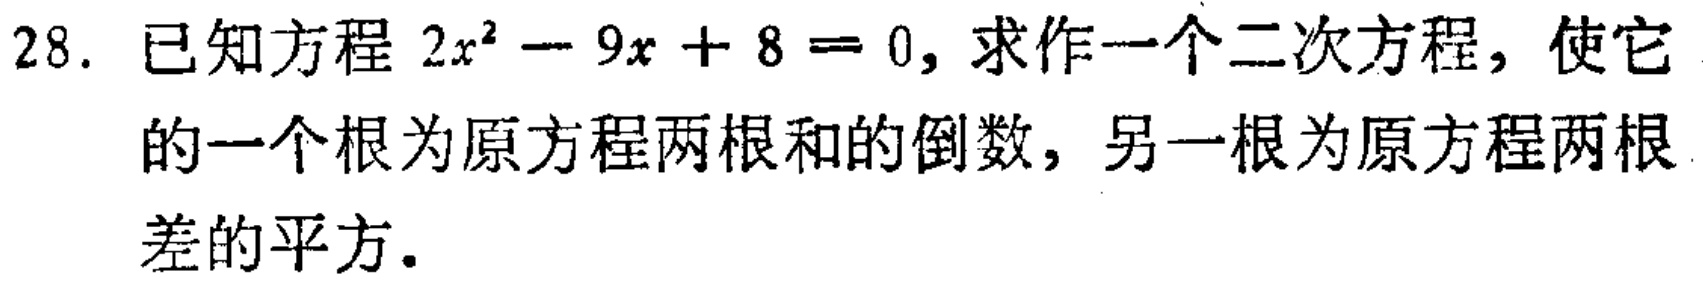
28. 已知方程 \(2x^{2}-9x + 8 = 0\)，求作一个二次方程，使它的一个根为原方程两根和的倒数，另一根为原方程两根差的平方。